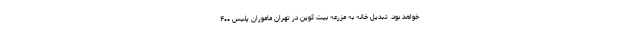
خواهد بود. تبدیل خانه به مزرعه بیت کوین در تهران ماموران پلیس ۴۰۰